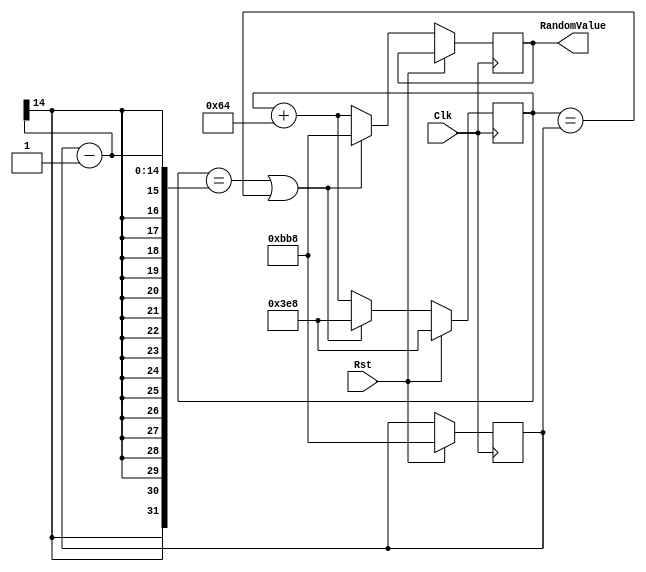
`timescale 1ns / 1ns

module RandomGen(Clk, Rst, RandomValue);

   input Clk, Rst;
   output reg [13:0] RandomValue; 
   
	reg[13:0] MaxNum;
	reg[13:0] Counter; 
	
	
   always @(posedge Clk) 
   begin
	
		if(Rst == 1)
		begin
			Counter = 1000;
			MaxNum = 3000;
		end
		else begin
			if ((Counter == MaxNum-1) || (Counter == MaxNum)) 
				begin
					Counter = 1000;
					RandomValue = 3000;
				end
			else 
				begin
					Counter = Counter + 100;
					RandomValue = Counter;
				end
		end
	end
 
   
endmodule